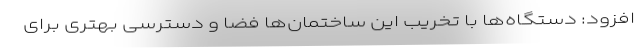
افزود: دستگاه‌ها با تخریب این ساختمان‌ها فضا و دسترسی بهتری برای